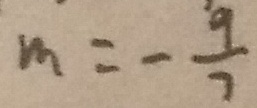
m = - \frac { 9 } { 7 }